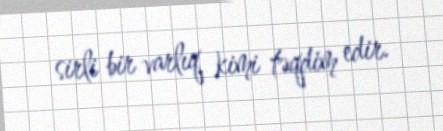
sirli bir varlıq kimi təqdim edir.